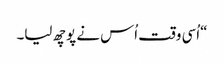
“اُسی وقت اُس نے پوچھ لیا۔